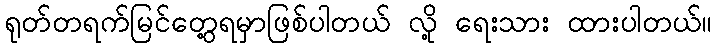
ရုတ်တရက်မြင်တွေ့ရမှာဖြစ်ပါတယ် လို့ ရေးသား ထားပါတယ်။